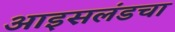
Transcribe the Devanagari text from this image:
आइसलंडचा